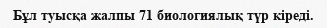
Бұл туысқа жалпы 71 биологиялық түр кіреді.